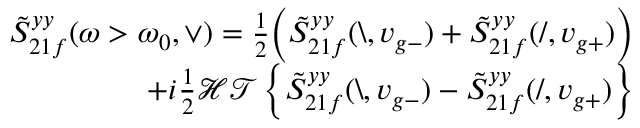
\begin{array} { r } { \tilde { S } _ { 2 1 f } ^ { y y } ( \omega > \omega _ { 0 } , \vee ) = \frac { 1 } { 2 } \Big ( \tilde { S } _ { 2 1 f } ^ { y y } ( \backslash , v _ { g - } ) + \tilde { S } _ { 2 1 f } ^ { y y } ( / , v _ { g + } ) \Big ) } \\ { + i \frac { 1 } { 2 } \mathcal { H T } \left\{ \tilde { S } _ { 2 1 f } ^ { y y } ( \backslash , v _ { g - } ) - \tilde { S } _ { 2 1 f } ^ { y y } ( / , v _ { g + } ) \right\} } \end{array}